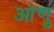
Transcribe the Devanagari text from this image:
आणु